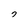
Character: 7